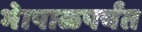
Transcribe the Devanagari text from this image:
भेापाळपर्यंत